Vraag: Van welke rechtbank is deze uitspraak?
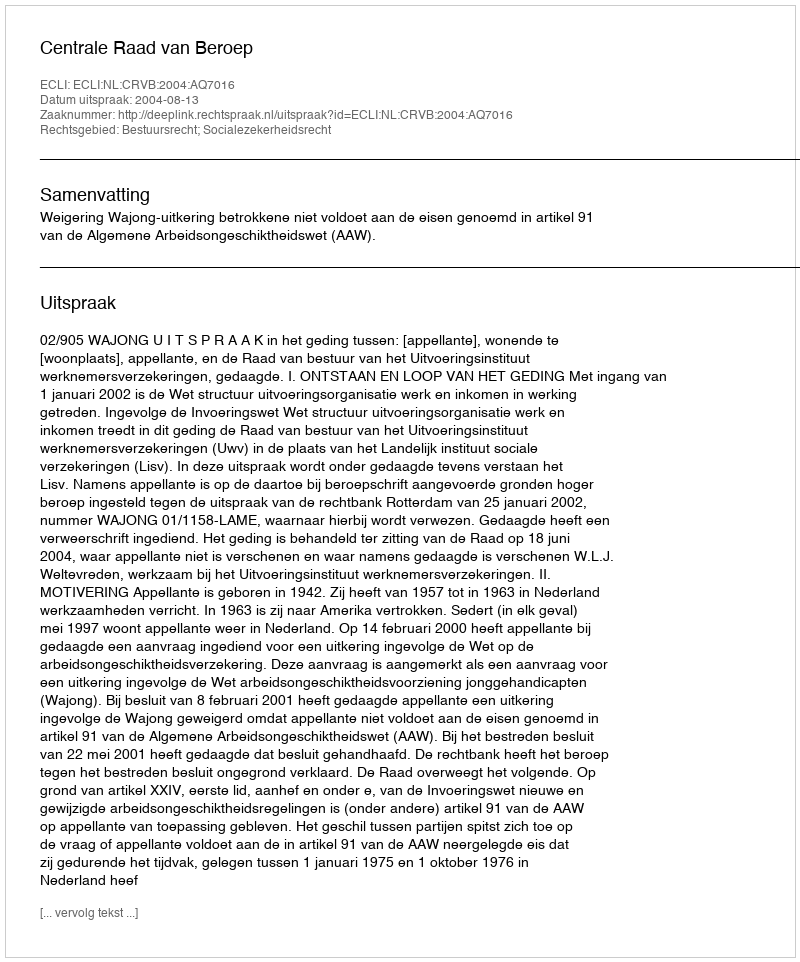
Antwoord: Centrale Raad van Beroep